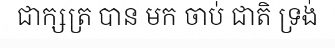
ជាក្សត្រ បាន មក ចាប់ ជាតិ ទ្រង់